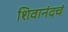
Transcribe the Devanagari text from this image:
शिवानंदचं